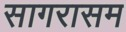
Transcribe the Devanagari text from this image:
सागरासम